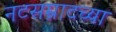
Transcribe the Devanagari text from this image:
नटसम्राटच्या